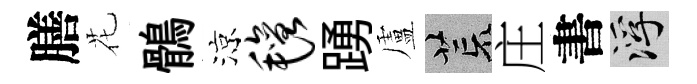
膳花鶻涼毡踴盧荒庄書浮